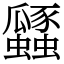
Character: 瓥